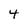
Character: 4